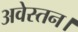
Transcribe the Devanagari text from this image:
अवेस्तन।